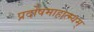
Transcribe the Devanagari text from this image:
प्रदोषमाहात्म्यम्